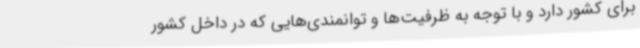
برای کشور دارد و با توجه به ظرفیت‌ها و توانمندی‌هایی که در داخل کشور